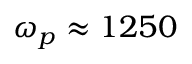
\omega _ { p } \approx 1 2 5 0